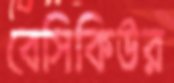
বেসিকিউর